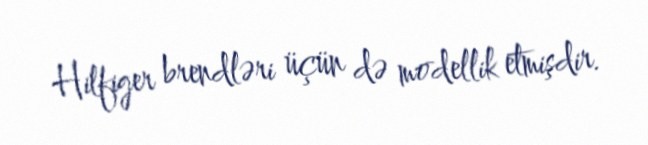
Hilfiger brendləri üçün də modellik etmişdir.